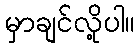
မှာချင်လို့ပါ။